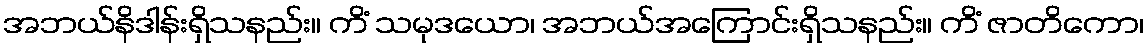
အဘယ်နိဒါန်းရှိသနည်း။ ကိံ သမုဒယော၊ အဘယ်အကြောင်းရှိသနည်း။ ကိံ ဇာတိကော၊